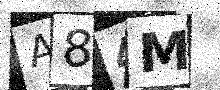
Text: A84M